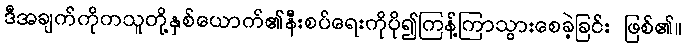
ဒီအချက်ကိုကသူတို့နှစ်ယောက်၏နီးစပ်ရေးကိုပို၍ကြန့်ကြာသွားစေခဲ့ခြင်း ဖြစ်၏။